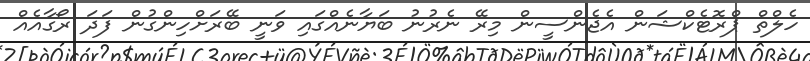
ހެލްތް ޕްރޮޓެކްޝަން އެޖެންސީން މިރޭ ނެރުނު ބަޔާނެއްގައި ވަނީ ބޭރަށްހިންގުން ފަދަ ރޯގާއެއް